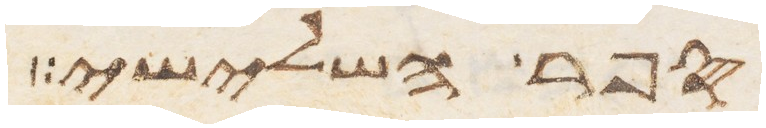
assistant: הנהר השלישי